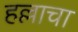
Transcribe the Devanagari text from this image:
हल्लाचा